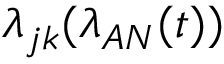
\lambda _ { j k } ( \lambda _ { A N } ( t ) )